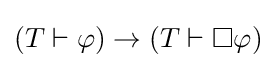
(T\vdash \varphi )\to (T\vdash \Box \varphi )